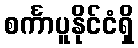
စင်္ကာပူနိုင်ငံရှိ